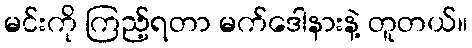
မင်းကို ကြည့်ရတာ မက်ဒေါနားနဲ့ တူတယ်။